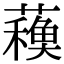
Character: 𧁨